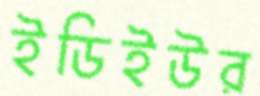
ইডিইউর